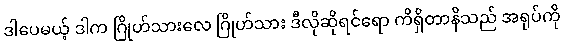
ဒါပေမယ့် ဒါက ဂြိုဟ်သားလေ ဂြိုဟ်သား ဒီလိုဆိုရင်ရော ကိရှိတာနိသည် အရုပ်ကို